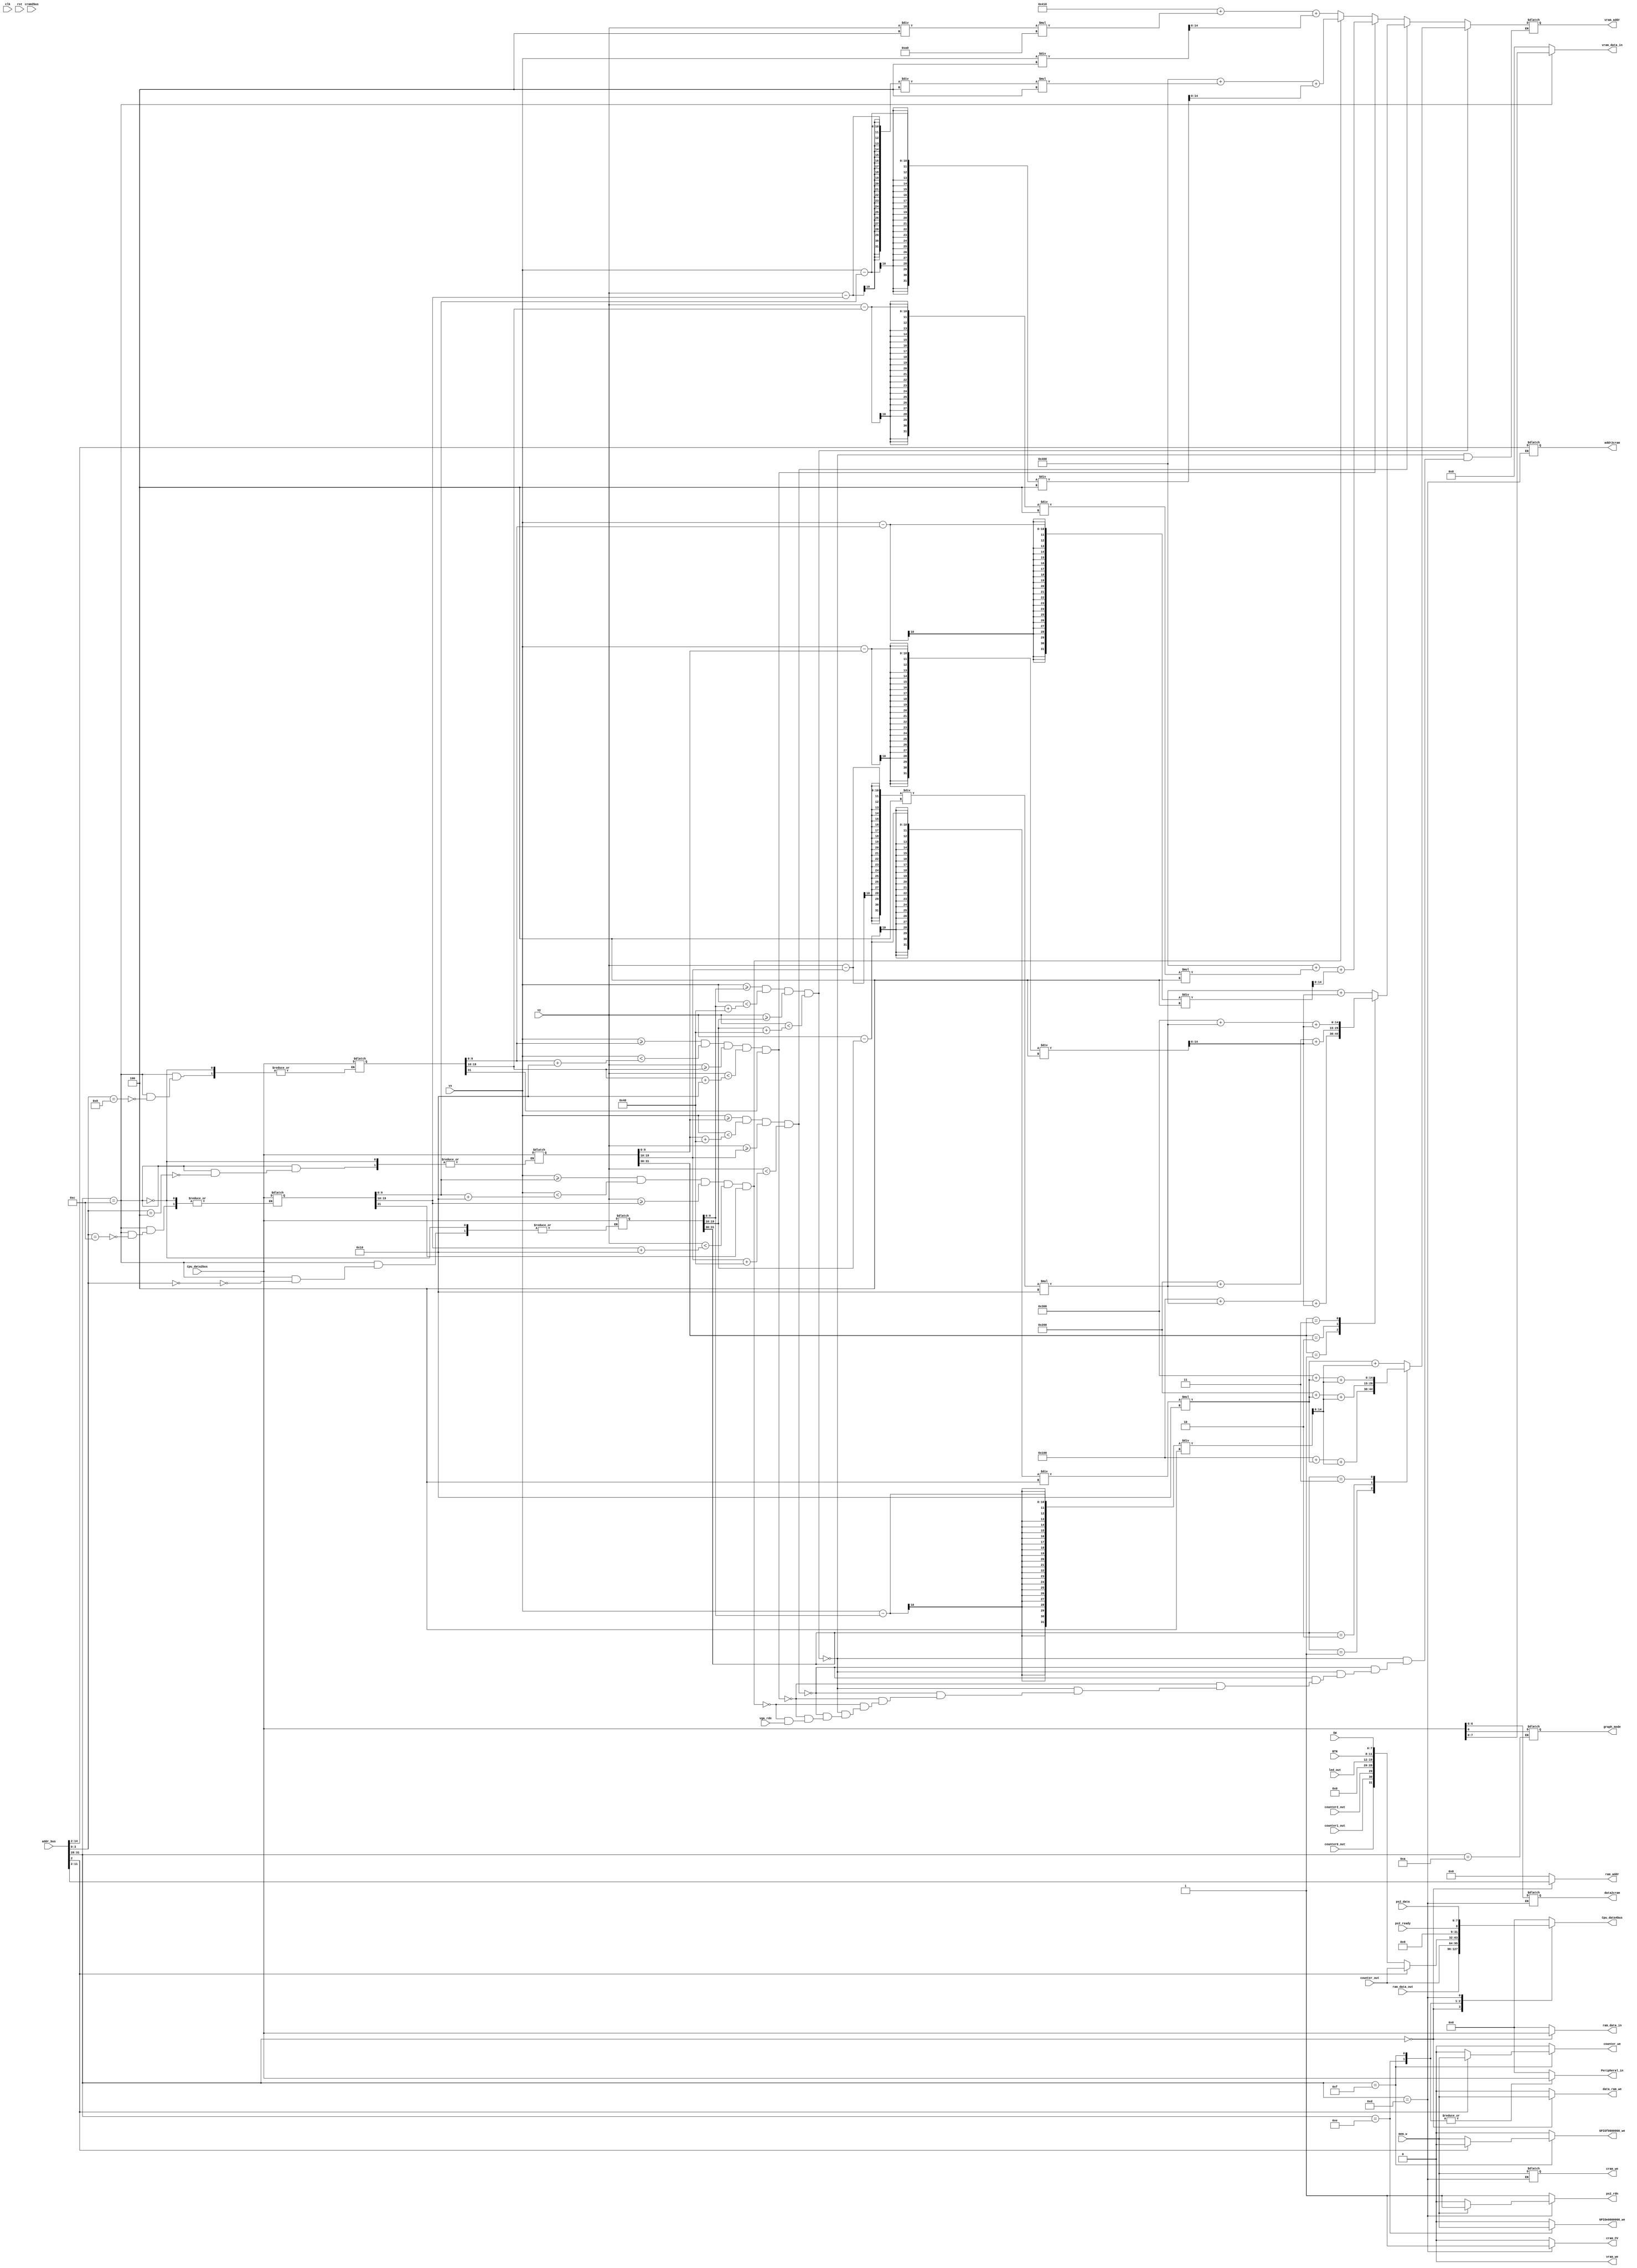
`timescale 1ns / 1ps
//////////////////////////////////////////////////////////////////////////////////
// Company: 
// Engineer: 
// 
// Design Name: 
// Module Name:    MIO_BUS 
// Project Name: 
// Target Devices: 
// Tool versions: 
// Description: 
//
// Dependencies: 
//
// Revision: 
// Revision 0.01 - File Created
// Additional Comments: 
//
//////////////////////////////////////////////////////////////////////////////////
module MIO_BUS( input clk,
					 input rst,
					 input mem_w,
					 input counter0_out,
					 input counter1_out,
					 input counter2_out,
					 input [3:0]BTN,
					 input [7:0]SW, led_out,
					 input [31:0] Cpu_data2bus, ram_data_out, addr_bus, counter_out,
					 input ps2_ready,
					 input [7:0]ps2_data,
					 input vga_rdn,
					 input [9:0]vx, vy,
					 input [6:0]cram2bus,
					 output reg data_ram_we, GPIOf0000000_we, GPIOe0000000_we, counter_we, vram_we,
					 output reg [9:0]ram_addr,
					 output reg [31:0]Cpu_data4bus, ram_data_in, Peripheral_in,
					 output reg [14:0]vram_addr,
					 output reg [7:0]vram_data_in,
					 output reg ps2_rdn,
					 output reg cram_we,
					 output reg [6:0]data2cram,
					 output reg [12:0]addr2cram,
					 output reg graph_mode,
					 output reg cram_CV
    );
reg [7:0]led_in;
wire counter_over;
wire graph_mode_clk;
//status for tank and bullet
reg [31:0] tank1, tank2, bullet1, bullet2;
//++++++++initial VGA signal:++++++++++++++++
	initial begin
		tank1 = 32'hc0000000;
		tank2 = 32'h80067E3F;
		bullet1 = 32'h60006040;
		bullet2 = 32'h4006DE30;
		vram_addr = 0;
	   graph_mode = 0;
	end
//++++++++RAM & IO decode signals:
	always @* begin
		cram_CV = 0;
		data_ram_we = 0;
		counter_we = 0;
		GPIOf0000000_we = 0;
		GPIOe0000000_we = 0;
		ram_addr = 10'h000;
		ram_data_in = 32'h00000000;
		Peripheral_in = 32'h0;
		Cpu_data4bus = 32'h0;
		vram_we = 0;
		vram_data_in = 8'h00;
		ps2_rdn = 1;
		tank1=tank1;
		bullet1=bullet1;
		tank2=tank2;
		bullet2=bullet2;
		case(addr_bus[31:28])
			4'h0: begin//data_ram(0000-0ffc)
				data_ram_we = mem_w;
				ram_addr = addr_bus[11:2];
				ram_data_in = Cpu_data2bus;
				Cpu_data4bus = ram_data_out;
				end
			4'ha: begin
				graph_mode = Cpu_data2bus[0];
				end
			4'he: begin//7 segment leds(e0000000-efffffff)
				GPIOe0000000_we = mem_w;
				Peripheral_in = Cpu_data2bus;
				Cpu_data4bus = counter_out;
				end
			4'hf: begin//led(f0000000-fffffff0, 8 leds&counter, f0000004-fffffff4)
				if(addr_bus[2]) begin//f0000004
					counter_we = mem_w;
					Peripheral_in = Cpu_data2bus;
					Cpu_data4bus = counter_out;
					end
				else begin //f0000000
					GPIOf0000000_we = mem_w;
					Peripheral_in = Cpu_data2bus; //writer counter set & Initialization& led
					Cpu_data4bus = {counter0_out, counter1_out, counter2_out, 9'h000, led_out, BTN, SW};
					end
				end
			4'hc: begin //c0000000 for VGA
				case(addr_bus[3:0])
					4'h0:begin //tank1
						tank1 = Cpu_data2bus; 
						end
					4'h4:begin //tank2
						tank2 = Cpu_data2bus;
						end
					4'h8:begin //bullet1
						bullet1 = Cpu_data2bus;
						end
					4'hc:begin //bullet2
						bullet2 = Cpu_data2bus;
						end
					default: begin
						tank1 = tank1;
						tank2 = tank2;
						bullet1 = bullet1;
						bullet2 = bullet2;
						end
					endcase
				vram_data_in = Cpu_data2bus;
				end
			4'hd: begin //d0000000 for ps2
				Cpu_data4bus = {23'h0, ps2_ready, ps2_data};
				ps2_rdn = mem_w?1:0;
				data2cram = Cpu_data2bus;
				addr2cram = addr_bus[14:2];
				cram_we = mem_w;
				cram_CV = 1;
				end
		endcase
	end
	always @* begin
		if(vx>=tank1[9:0]&&
			vx<tank1[9:0]+64&&
			vy>=tank1[19:10]&&
			vy<tank1[19:10]+64)		begin //tank1
			case (tank1[31:30]) 
				2'b00: begin
					vram_addr = (vy-tank1[19:10])/4*16+(vx-tank1[9:0])/4; //UP
					end
				2'b01: begin
					vram_addr = 256+(vy-tank1[19:10])/4*16+(vx-tank1[9:0])/4; //DOWN
					end
				2'b10: begin
					vram_addr = 512+(vy-tank1[19:10])/4*16+(vx-tank1[9:0])/4; //LEFT
					end
				2'b11: begin
					vram_addr = 768+(vy-tank1[19:10])/4*16+(vx-tank1[9:0])/4; //RIGHT
					end
			endcase
		end
		else if (vx>=tank2[9:0]&&
					vx<tank2[9:0]+64&&
					vy>=tank2[19:10]&&
					vy<tank2[19:10]+64) begin //tank2
			case(tank2[31:30])
				2'b00: begin
					vram_addr = (vy-tank2[19:10])/4*16+(vx-tank2[9:0])/4; //UP
					end
				2'b01: begin
					vram_addr = 256+(vy-tank2[19:10])/4*16+(vx-tank2[9:0])/4; //DOWN
					end
				2'b10: begin
					vram_addr = 512+(vy-tank2[19:10])/4*16+(vx-tank2[9:0])/4; //LEFT
					end
				2'b11: begin
					vram_addr = 768+(vy-tank2[19:10])/4*16+(vx-tank2[9:0])/4; //RIGHT
					end
			endcase
		end
		else if (vx>=bullet1[9:0]&&
					vx<bullet1[9:0]+16&&
					vy>=bullet1[19:10]&&
					vy<bullet1[19:10]+16&&
					bullet1[31]) begin //bullet of tank1
			vram_addr = 1024+ (vy-bullet1[19:10])/4*4 + (vx-bullet1[9:0])/4;
			end
		else if (vx>=bullet2[9:0]&&
					vx<bullet2[9:0]+16&&
					vy>=bullet2[19:10]&&
					vy<bullet2[19:10]+16&&
					bullet2[31]) begin //bullet of tank2
			vram_addr = 1024+ (vy-bullet2[19:10])/4*4 + (vx-bullet2[9:0])/4;
			end
		else if(~vga_rdn)
			vram_addr = 1040+ vy/4*160 + vx/4;
	end
endmodule